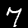
Label: 7